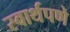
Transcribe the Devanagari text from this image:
स्वार्थपणे